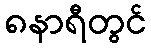
၈နာရီတွင်